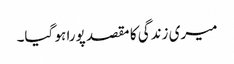
میری زندگی کا مقصد پورا ہو گیا۔